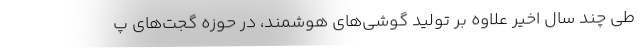
طی چند سال اخیر علاوه بر تولید گوشی‌های هوشمند، در حوزه گجت‌های پ